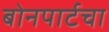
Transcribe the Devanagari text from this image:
बोनपार्टचा